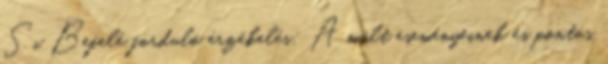
Si Befelé forduló érzékelés: A múlt eseményeinek és pontos